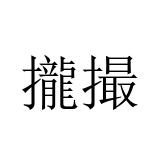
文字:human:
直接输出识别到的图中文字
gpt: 攏撮